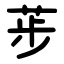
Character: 荹